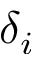
\delta _ { i }